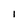
Character: I